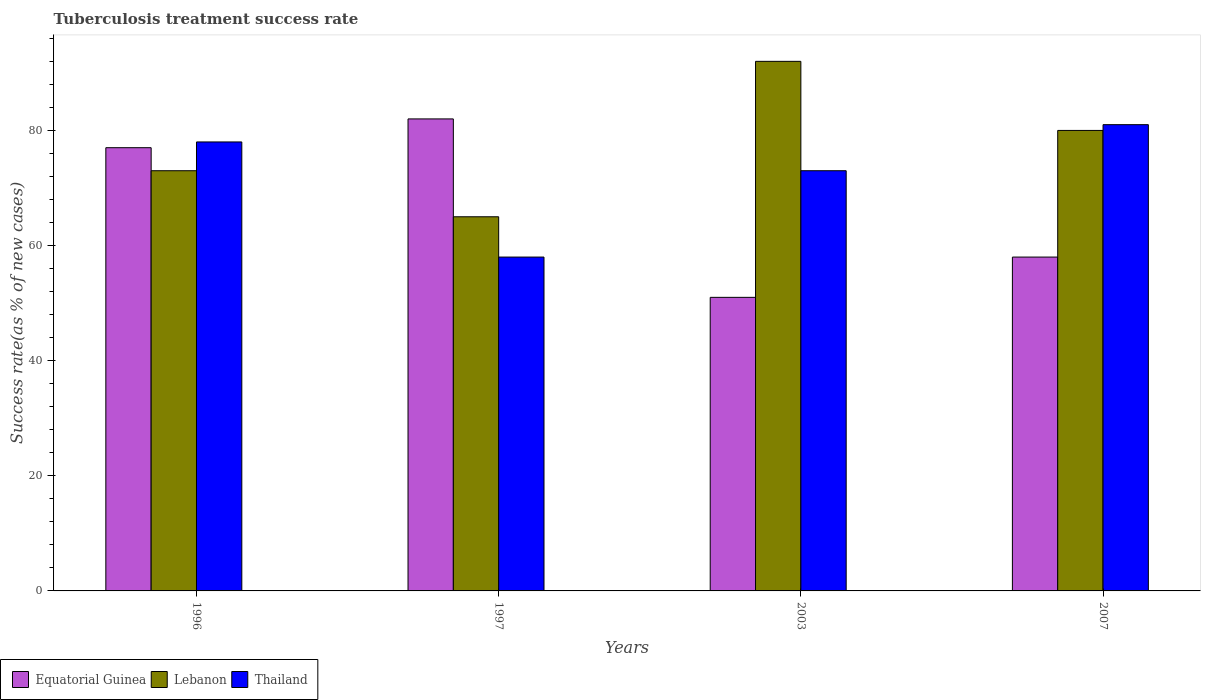
| Years | Equatorial Guinea | Lebanon | Thailand |
 | --- | --- | --- | --- |
 | 1996 | 77 | 73 | 78 |
 | 1997 | 82 | 65 | 58 |
 | 2003 | 51 | 92 | 73 |
 | 2007 | 58 | 80 | 81 |